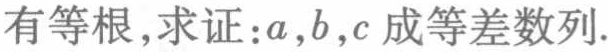
有等根,求证:\(a,b,c\)成等差数列.